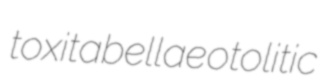
toxitabellae otolitic